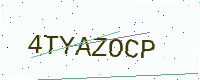
Text: 4TYAZOCP